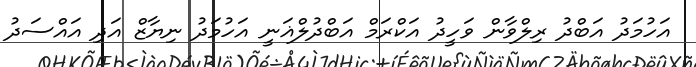
އަހުމަދު އަބްދު ރިލްވާން ވަހީދު އަކްރަމް އަބްދުލްޣަނީ އަހުމަދު ނިޔާޒް އަދި އައްސަދު